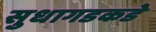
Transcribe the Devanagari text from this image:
सुधागडकडे